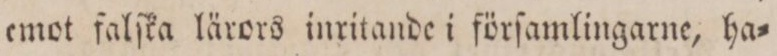
emot falſka lärors inritande i förſamlingarne, ha=